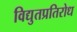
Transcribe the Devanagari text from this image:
विद्युतप्रतिरोध